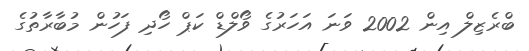
ބްރެޒިލް އިން 2002 ވަނަ އަހަރުގެ ވޯލްޑް ކަޕް ހޯދި ފަހުން މުބާރާތުގެ